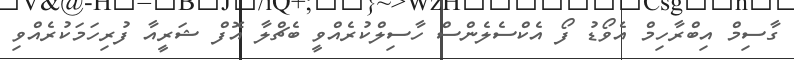
ގާސިމް އިބްރާހިމް އެވޯޑު ފޯ އެކްސެލެންސް ހާސިލްކުރެއްވީ ބެޗްލާ އޮފް ޝަރީއާ ފުރިހަމަކުރެއްވި